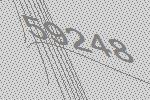
59248